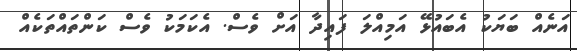
އަނެއް ބަޔަކު އެބައުޅޭ އަމިއްލަ ފައިދާ އަށް ވެސް. އެކަމަކު ވެސް ކަންތައްތަކެއް